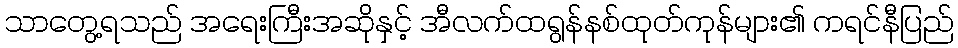
သာတွေ့ရသည် အရေးကြီးအဆိုနှင့် အီလက်ထရွန်နစ်ထုတ်ကုန်များ၏ ကရင်နီပြည်